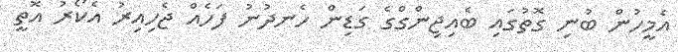
އެމީހުން ބުނި ގޮތުގައި ބެއިޖިންގްގެ ގަޑިން ހެނދުނު ފަހެއް ޖެހިއިރު އެކޯރު އޮތީ